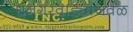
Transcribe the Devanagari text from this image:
धनगरवाड्याजवळ